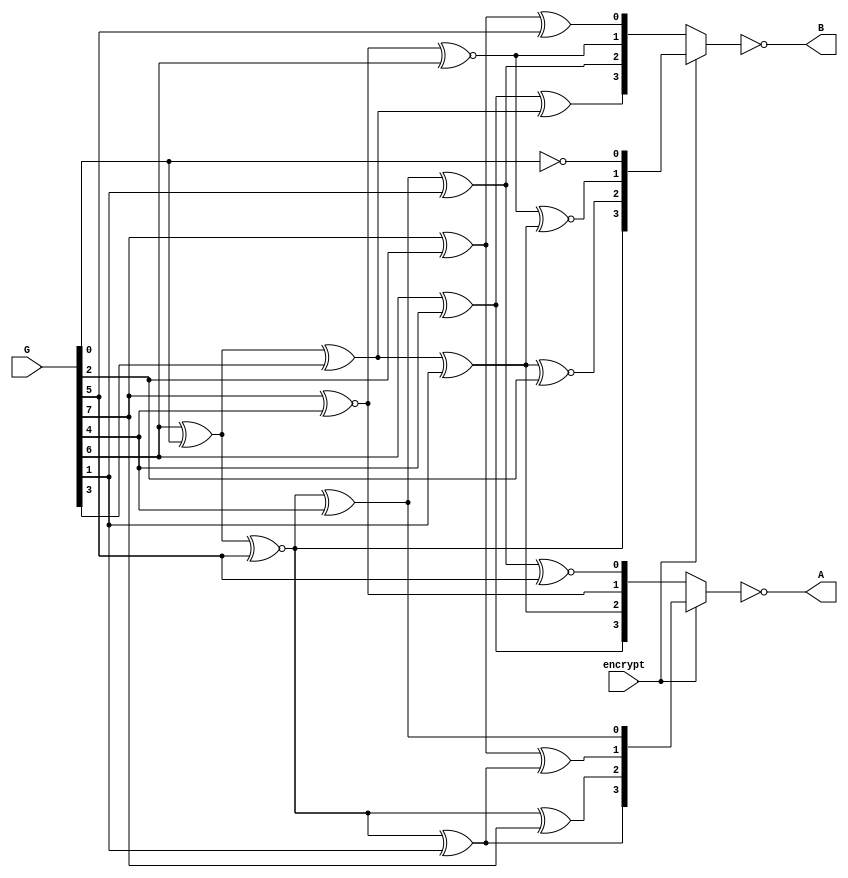
/////////////////////////////////////////////////////////////////////////////////
//
// Original Author: Reyhani-Masoleh, Taha, and Ashmawy
// Adapted by:
// 
// Module Name: tr_in
// Project Name: aes_sboxes
// Description: Transform in.
// 
// Dependencies: None.
// 
// Additional Comments: Based on design from "New Area Record for the AES
//                      Combined S-Box/Inverse S-Box"
// 
//////////////////////////////////////////////////////////////////////////////////

module tr_in (
        input wire  [7:0]   G,
        input wire          encrypt,
        output wire [3:0]   A,
        output wire [3:0]   B
    );

    //----------------------------------------------------------------
    // Wires/Regs
    //----------------------------------------------------------------
    wire [2:0] T;
    wire [3:0] Ia, Ib, Ka, Kb;

    //----------------------------------------------------------------
    // Continous assignments
    //---------------------------------------------------------------- 
    assign Ia[0] = Ib[3] ^ G[4]; // ib3 XOR g4
    assign Ia[1] = T[0] ^ Ia[3]; // t0 XOR ia3
    assign Ia[2] = Ib[3] ^ G[7]; // ib3 XOR g7
    assign Ia[3] = Ib[3] ^ G[1]; // ib3 XOR g1

    assign Ib[0] = ~G[0]; // NOT g0 
    assign Ib[1] = Kb[1] ~^ Ka[2]; // kb1 XNOR ka2
    assign Ib[2] = Ka[2] ~^ G[2]; // ka2 XNOR g2
    assign Ib[3] = T[1] ~^ G[5]; // t1 XNOR g5

    assign Ka[0] = Kb[2] ~^ G[5]; // kb2 XNOR g5
    assign Ka[1] = G[7] ~^ G[4]; // g7 XNOR g4
    assign Ka[2] = T[2] ^ G[1]; // t2 XOR g1
    assign Ka[3] = G[6] ^ G[4]; //g6 XOR g4

    assign Kb[0] = T[0] ^ G[5]; // t0 XOR g5
    assign Kb[1] = Ka[1] ~^ G[6]; // ka1 XNOR g6
    assign Kb[2] = Ia[0] ^ G[1]; // ia0 XOR g1
    assign Kb[3] = Ka[3] ^ T[2]; // ka3 XOR t2

    assign T[0] = G[7] ^ G[2]; // g7 XOR g2
    assign T[1] = G[6] ^ G[0]; // g6 XOR g0
    assign T[2] = T[1] ^ G[3]; // t1 XOR g3

    assign A = ~(encrypt? Ia : Ka); // MUX with output NOT
    assign B = ~(encrypt? Ib : Kb); // MUX with output NOT

endmodule // tr_in